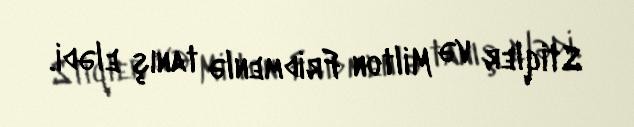
Stiqler və Milton Fridmenlə tanış elədi.